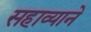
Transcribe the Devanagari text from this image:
सहाव्याने